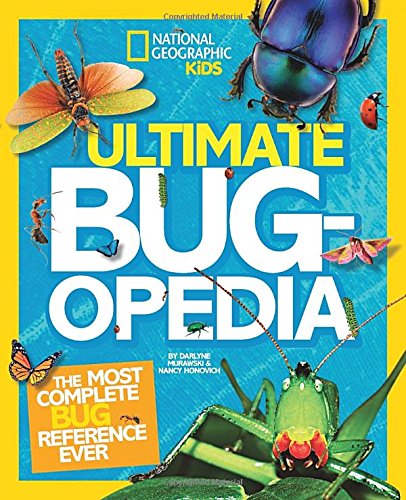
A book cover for Ultimate Bugopedia: The Most Complete Bug Reference Ever (National Geographic Kids); Darlyne Murawski; Children's Books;